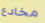
مخادع